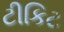
ટીકિટ